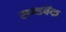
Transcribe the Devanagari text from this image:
सन्डवॅक